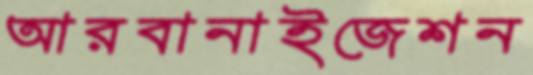
আরবানাইজেশন